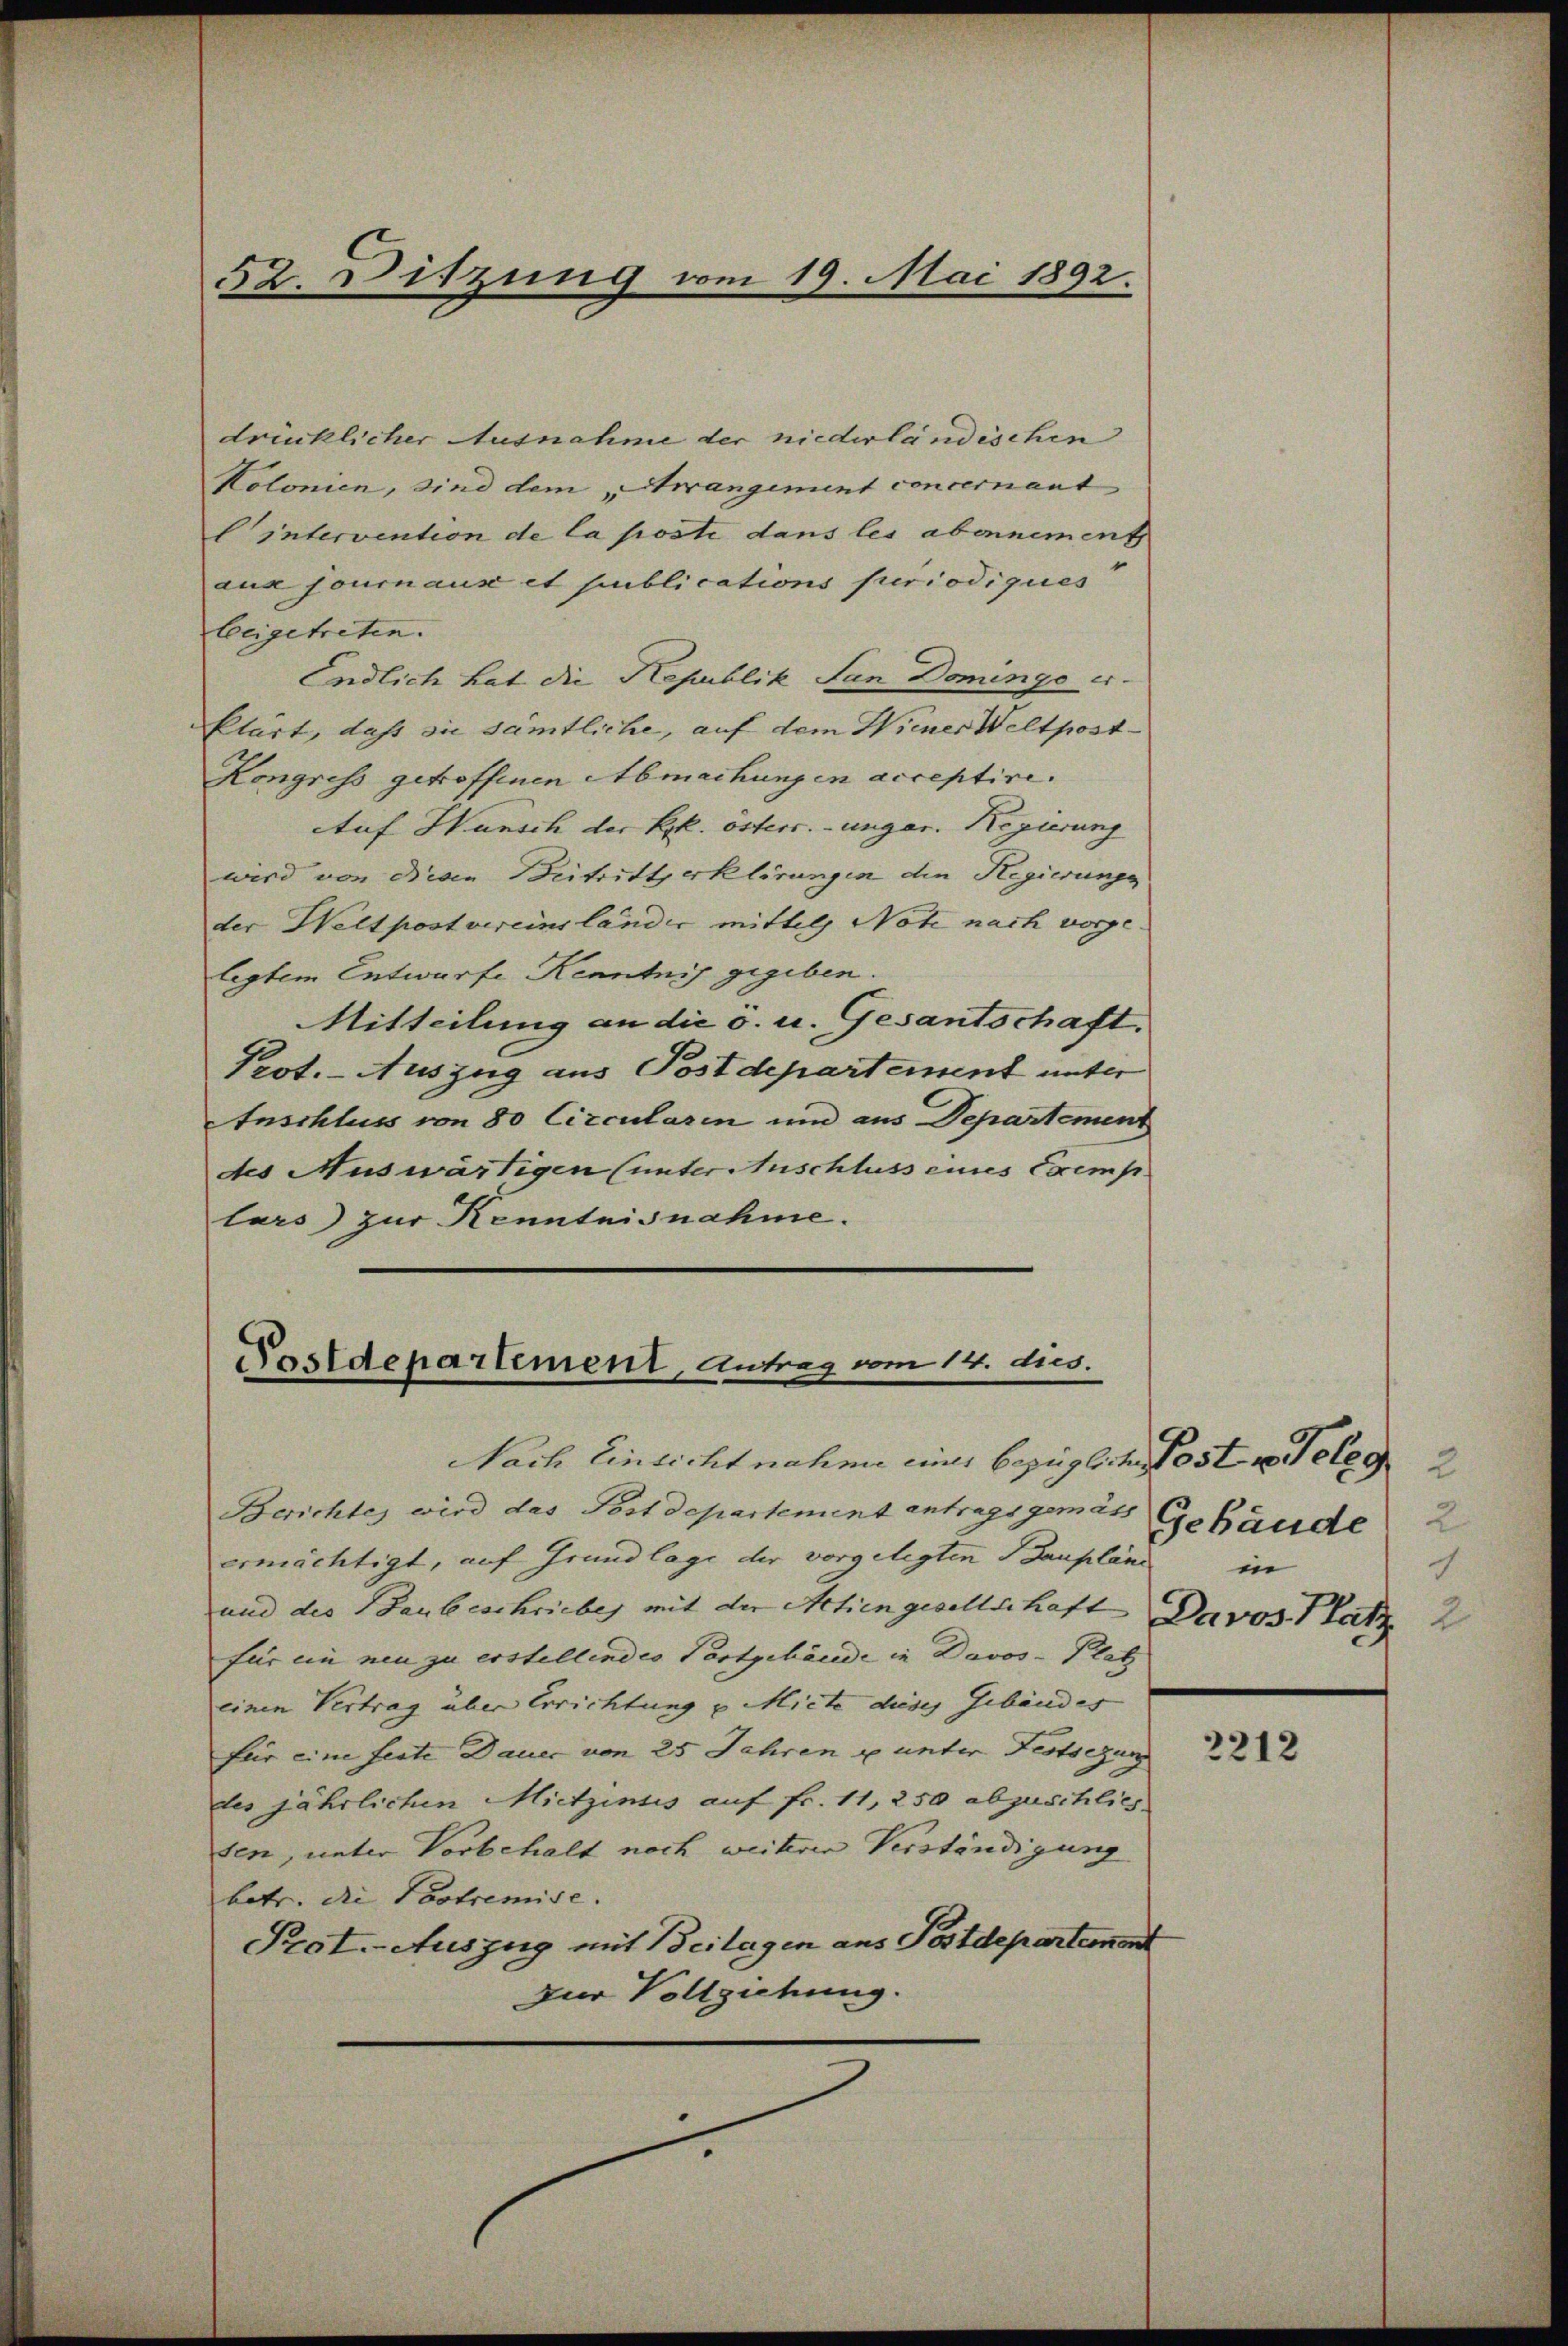
drücklicher Ausnahme der niederländischen
Kolonien, sind dem „Arrangement concernant
intervention de la posti dans les abernement
aux journaus et publications periodiques
beigetreten.
Endlich hat die Republik San Domings er¬
Etärt, daß sie sämtliche, auf dem Wiener Weltpost¬
Kongress getroffenen Abmachungen acceptire.
Atuf Hansch der kk. östers.-ungar. Regierung
wird von diesen Beitrittserklirungen die Regierungs
der Weltpostvereinsländer mittels Note nach vorge-
legtem Entwurfe Kenntnis gegeben.
Mitteilung an die s. u. Gesantschaft,
Prot. - Auszug aus Postdepartement unter
Anschluss von 80 Circularen und aus Departement
des Auswärtigen (unter Auschluss eines Exemp
lars) zur Kenntnisnahme.

52. Sitzung vom 19. Mai 1892.

Postdepartement, Antrag vom 14. dies.

Nach Einsicht nahme mit bezüglichen Post u. Teleg 2
Berichtes wird das Postdepartement antragsgemäss Gebäude 2
ermächtigt, auf Grundlage der vorgelegten Baupläne
und des Baubeschrieber mit der Achengesellschaft Davos- Platz 2
für ein neu zu erstellendes Portgebäude in Davos- Platz
einen Vertrag über Errichtung u. Miete dieses Gebäudes
für eine feste Dauer von 25 Jahren u unter Festsezun
des jährlichen Mietzinses auf Fr. 11, 250 abzuschlich
sen, unter Vorbehalt noch weiterer Verständigung
betr. die Postremise.
Prot. Auszug mit Beilagen ans Postdepartement
zur Vollziehung.

in
1

2212